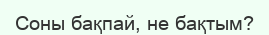
Соны бақпай, не бақтым?